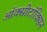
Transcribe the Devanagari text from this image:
ऑक्सीटॉक्सिन